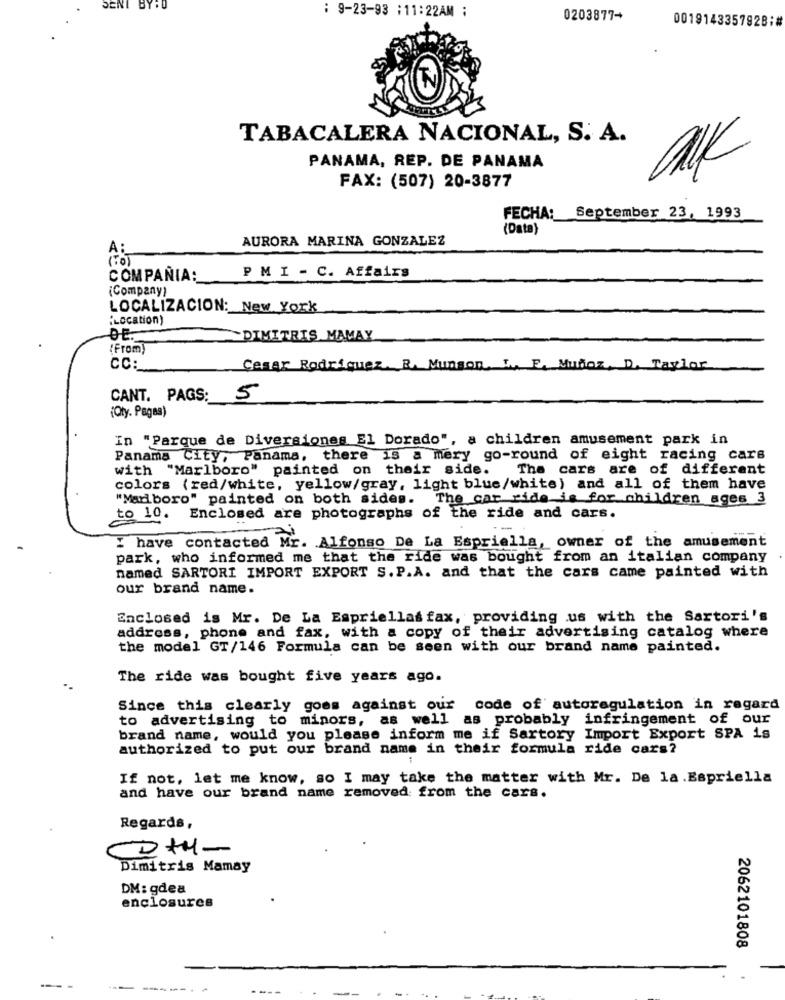
SENT BY:0
: 9-23-93 :11:22AM ;
0203877+
0019143357928:#
TABACALERA NACIONAL, S. A.
PANAMA, REP. DE PANAMA
FAX: (507) 20-3877
FECHA: September 23, 1993
(Data)
AURORA MARINA GONZALEZ
A :_
(TO)
P MI- C. Affairs
COMPAÑIA:
(Company)
LOCALIZACION :_ New York
:Location)
DE.
~DIMITRIS MAMAY
:From
CC:
Cesar Rodriquez. R. Munson, L, F. Muñoz, D. Taylor
CANT. PAGS:
5
(Qty. Pagas)
In "Parque de Diversiones El Dorado", a children amusement park in
Panama City, Panama, there is a mery go-round of eight racing cars
with "Marlboro" painted on their side. The cars are of different
colors (red/white, yellow/gray, light blue/white) and all of them have
"Marlboro" painted on both sides.
The car ride is for children ages 3
to 10. Enclosed are photographs of the ride and cars.
I have contacted Mr. Alfonso De La Espriella, owner of the amusement
park, who informed me that the ride was bought from an italian company
named SARTORI IMPORT EXPORT S. P.A. and that the cars came painted with
our brand name.
Enclosed is Mr. De La Espriellas fax, providing us with the Sartori's
address, phone and fax, with a copy of their advertising catalog where
the model GT/146 Formula can be seen with our brand name painted.
The ride was bought five years ago.
Since this clearly goes against our code of autoregulation in regard
to advertising to minors, as well as probably infringement of our
brand name, would you please inform me if Sartory Import Export SPA is
authorized to put our brand name in their formula ride cars?
If not, let me know, so I may take the matter with Mr. De la .Espriella
and have our brand name removed from the cars.
Regards,
COMH-
Dimitris Mamay
DM: gdea
enclosures
2062101808